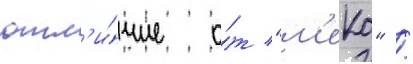
отл'и́чие о́т "м'еко" /